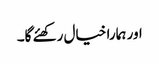
اور ہمارا خیال رکھئے گا۔